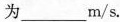
为_____m/s.